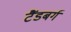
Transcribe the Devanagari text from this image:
टैंडबर्ग